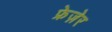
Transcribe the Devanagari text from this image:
फ्रेज़ेर